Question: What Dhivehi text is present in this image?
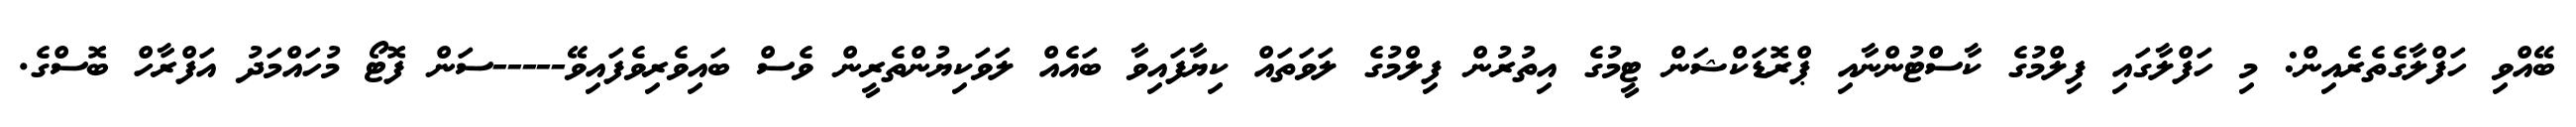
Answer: ބޭއްވި ހަފްލާގެތެރެއިން: މި ހަފްލާގައި ފިލްމުގެ ކާސްޓުންނާއި ޕްރޮޑަކްޝަން ޓީމުގެ އިތުރުން ފިލްމުގެ ލަވަތައް ކިޔާފައިވާ ބައެއް ލަވަކިޔުންތެރީން ވެސް ބައިވެރިވެފައިވޭ-----ސަން ފޮޓޯ މުހައްމަދު އަފްރާހް ބޮސްގެ.